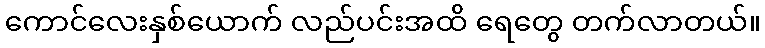
ကောင်လေးနှစ်ယောက် လည်ပင်းအထိ ရေတွေ တက်လာတယ်။